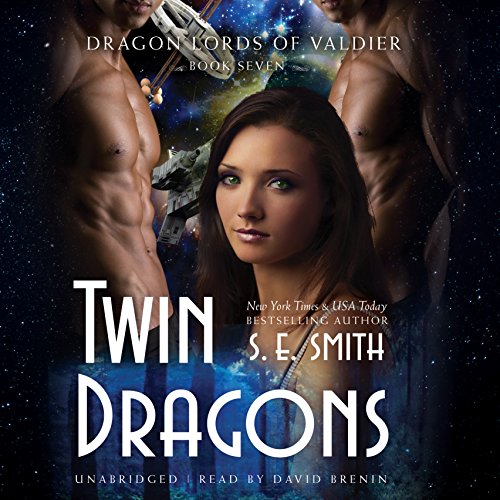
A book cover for Twin Dragons: The Dragon Lords of Valdier, Book 7; S. E. Smith; Romance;